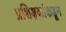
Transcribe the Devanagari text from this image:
प्रशिक्षकांकडून